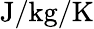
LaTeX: \mathrm{J/kg/K}